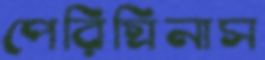
পেরিগ্রিনাস